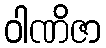
ဝါဏိဇာ